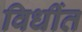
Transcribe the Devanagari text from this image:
विधींत